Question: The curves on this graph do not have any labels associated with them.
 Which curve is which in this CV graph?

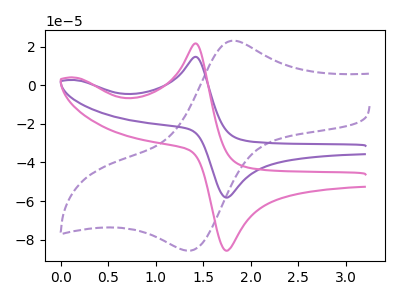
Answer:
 <answer>The purple dashed curve does not have a label. The purple curve does not have a label. The pink curve does not have a label.</answer>
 <eval></eval>